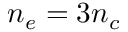
n _ { e } = 3 n _ { c }